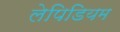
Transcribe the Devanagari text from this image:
लेपिडियम